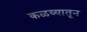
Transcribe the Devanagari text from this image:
कळव्यातून